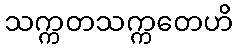
သက္ကတသက္ကတေဟိ